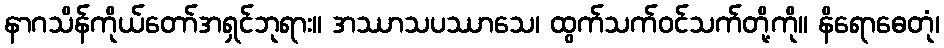
နာဂသိန်ကိုယ်တော်အရှင်ဘုရား။ အဿာသပဿာသေ၊ ထွက်သက်ဝင်သက်တို့ကို။ နိရောဓေတုံ၊